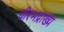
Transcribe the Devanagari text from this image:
धीरभद्राख्य